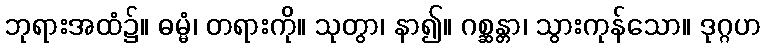
ဘုရားအထံ၌။ ဓမ္မံ၊ တရားကို။ သုတွာ၊ နာ၍။ ဂစ္ဆန္တာ၊ သွားကုန်သော။ ဒုဂ္ဂဟ